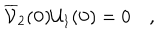
\overline { { { \cal V } } } _ { 2 } ( { \bf 0 } ) { \cal U } _ { 1 } ( { \bf 0 } ) = 0 \quad ,